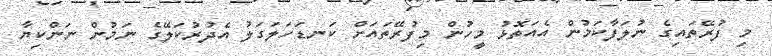
މި ފުރޭތައިގެ ނުލަފާކަމުން އެއަތޮޅު މީހުން މިފުރޭތައަށް ކަނޑަހަލަގަލު އެދުރުކަލޭގެ ނަމުން ނަންކިޔާ